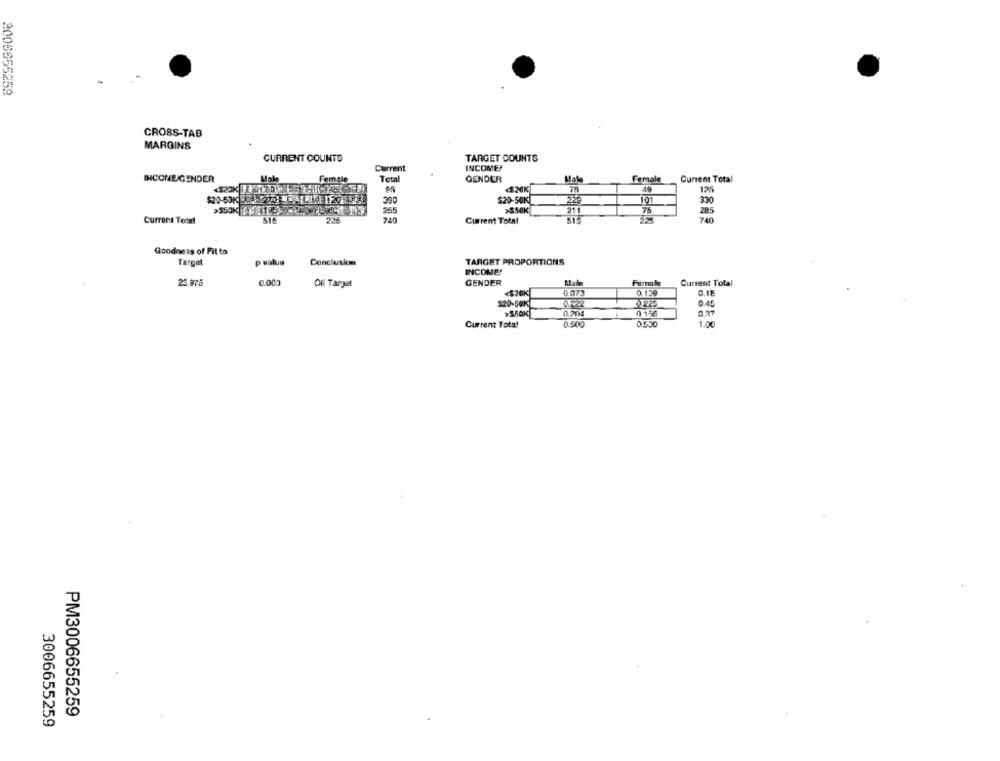
2006655259
CROSS-TAB
MARGINS
CURRENT COUNTS
TARGET COUNTS
Current
INCOME!
INCONE/GENDER
Mol
Female
Total
GENDER
Female
Current Total
95
420K
49
125
$20-50KL
22
$20-50K 210-120
390
101
330
265
>SSOK
21
75
285
Current Total
740
Current Total
740
Goodness of Fit to
Target
p value
Conclusion
TARGET PROPORTIONS
INCOME!
23.975
0.000
GENDER
Current Total
Oil Target
Female
<$20K
0.073
0.159
$20-50K
OF225
0.45
>550K
0 156
0.37
Current Total
0.500
0.530
1.00
PM3006655259
3006655259